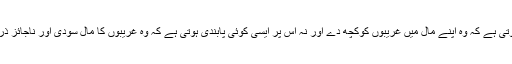
اس پر نہ اخلاقی کوئی ذمہ داری عائد ہوتی ہے کہ وہ اپنے مال میں غریبوں کوکچھ دے اور نہ اس پر ایسی کوئی پابندی ہوتی ہے کہ وہ غریبوں کا مال سودی اور ناجائز ذرائع سے حاصل کرنے سے گریز کرے۔